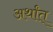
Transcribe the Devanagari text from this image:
अर्थांत्